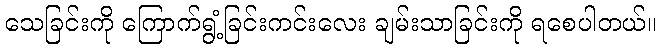
သေခြင်းကို ကြောက်ရွံ့ခြင်းကင်းလေး ချမ်းသာခြင်းကို ရစေပါတယ်။